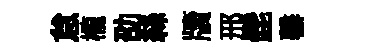
怠櫳劭絲牘邢髭罄